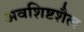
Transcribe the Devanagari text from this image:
अवशिष्टशैल